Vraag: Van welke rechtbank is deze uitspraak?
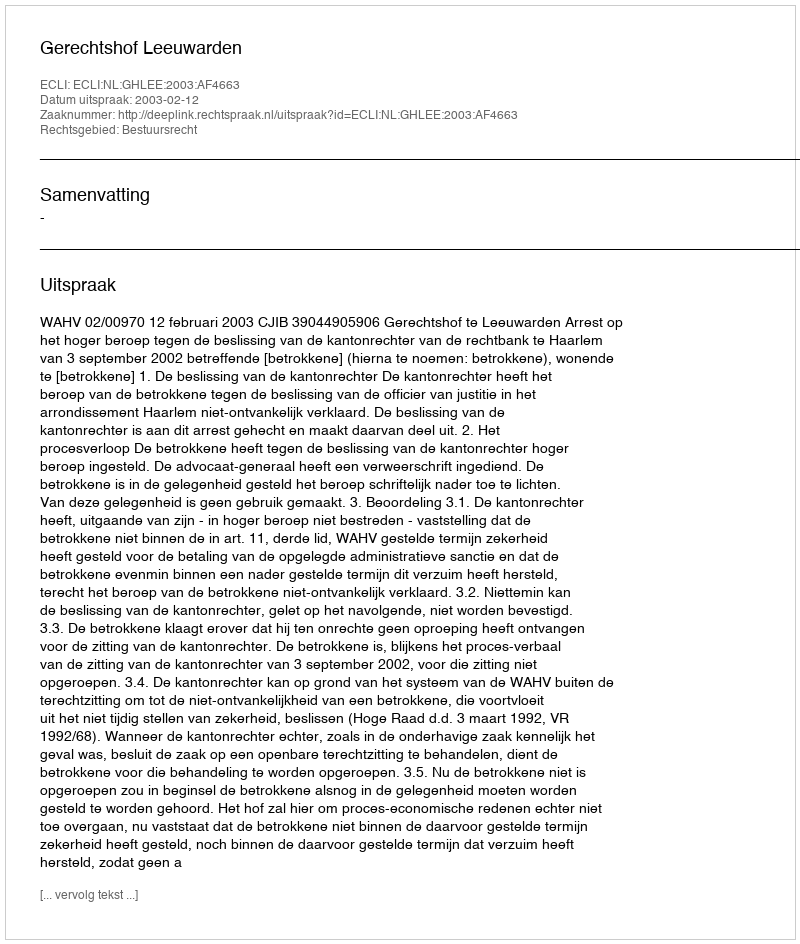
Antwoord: Gerechtshof Leeuwarden